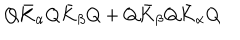
Q \bar { K } _ { \alpha } Q \bar { K } _ { \beta } Q + Q \bar { K } _ { \beta } Q \bar { K } _ { \alpha } Q